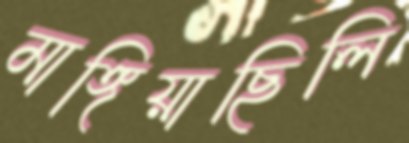
মাঙ্গিয়াছিলি